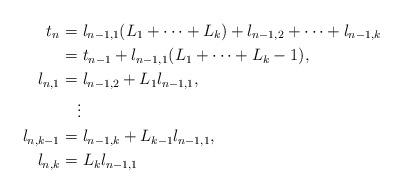
LaTeX: \begin{align*}t_{n}=&\ l_{n-1,1}(L_1+\dots+L_k)+l_{n-1,2}+\dots+l_{n-1,k}\\=&\ t_{n-1}+l_{n-1,1}(L_1+\dots+L_k-1),\\l_{n,1}=&\ l_{n-1,2}+L_1l_{n-1,1},\\&\vdots\\l_{n,k-1}=&\ l_{n-1,k}+L_{k-1}l_{n-1,1},\\l_{n,k}=&\ L_{k}l_{n-1,1}\end{align*}